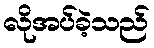
လိုအပ်ခဲ့သည်